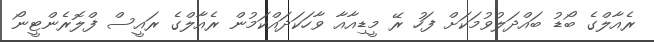
ރެއާލްގެ ބޯޑު ބައްދަލުވުމަކަށް ފަހު ރޭ މީޑިއާއާ ވާހަކަދައްކަމުން ރެއާލްގެ ރައީސް ފްލޮރެންޓީނޯ